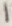
Text: 1